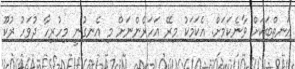
އަނތްބަކަށް ވާނެކަމަށް. އެކަމަކު މިރޭ އަހަރެންނަށް މި އެނގުނީ މިހުރިހާ ދުވަހު ރުކޫ